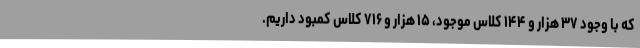
که با وجود ۳۷ هزار و ۱۴۴ کلاس موجود، ۱۵ هزار و ۷۱۶ کلاس کمبود داریم.